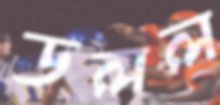
ডলল